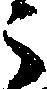
之